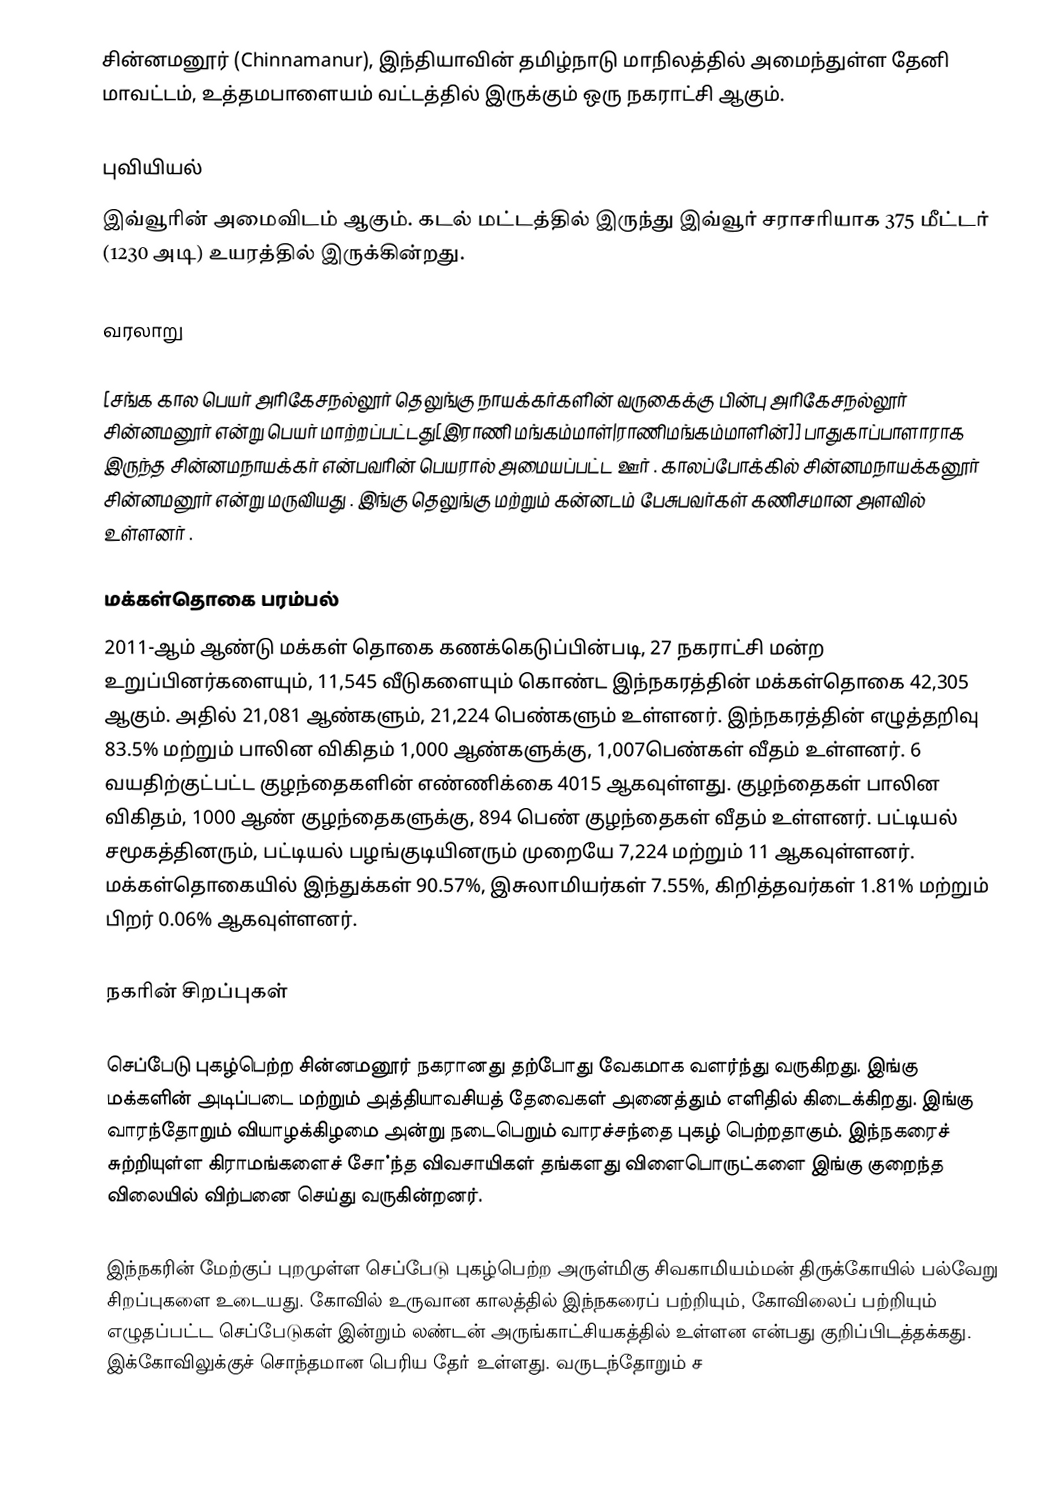
சின்னமனூர் (Chinnamanur), இந்தியாவின் தமிழ்நாடு மாநிலத்தில் அமைந்துள்ள தேனி மாவட்டம், உத்தமபாளையம் வட்டத்தில் இருக்கும் ஒரு நகராட்சி ஆகும்.

புவியியல்
இவ்வூரின் அமைவிடம்  ஆகும். கடல் மட்டத்தில் இருந்து இவ்வூர் சராசரியாக 375 மீட்டர் (1230 அடி) உயரத்தில் இருக்கின்றது.

வரலாறு

[சங்க கால பெயர் அரிகேசநல்லூர் தெலுங்கு நாயக்கர்களின் வருகைக்கு பின்பு அரிகேசநல்லூர் சின்னமனூர் என்று பெயர் மாற்றப்பட்டது[இராணி மங்கம்மாள்|ராணிமங்கம்மாளின்]] பாதுகாப்பாளாராக இருந்த சின்னமநாயக்கர் என்பவரின் பெயரால் அமையப்பட்ட ஊர் . காலப்போக்கில் சின்னமநாயக்கனூர் சின்னமனூர்  என்று மருவியது  . இங்கு தெலுங்கு மற்றும் கன்னடம் பேசுபவர்கள் கணிசமான அளவில் உள்ளனர் .

மக்கள்தொகை பரம்பல்
2011-ஆம் ஆண்டு மக்கள் தொகை கணக்கெடுப்பின்படி, 27 நகராட்சி மன்ற உறுப்பினர்களையும், 11,545  வீடுகளையும் கொண்ட இந்நகரத்தின் மக்கள்தொகை 42,305 ஆகும். அதில் 21,081 ஆண்களும், 21,224  பெண்களும் உள்ளனர். இந்நகரத்தின் எழுத்தறிவு 83.5%  மற்றும் பாலின விகிதம் 1,000 ஆண்களுக்கு, 1,007பெண்கள் வீதம் உள்ளனர். 6 வயதிற்குட்பட்ட குழந்தைகளின் எண்ணிக்கை 4015 ஆகவுள்ளது. குழந்தைகள் பாலின விகிதம்,  1000 ஆண் குழந்தைகளுக்கு, 894 பெண் குழந்தைகள் வீதம் உள்ளனர். பட்டியல் சமூகத்தினரும், பட்டியல் பழங்குடியினரும்  முறையே 7,224 மற்றும் 11  ஆகவுள்ளனர். மக்கள்தொகையில் இந்துக்கள் 90.57%,  இசுலாமியர்கள் 7.55%, கிறித்தவர்கள் 1.81%  மற்றும் பிறர் 0.06% ஆகவுள்ளனர்.

நகரின் சிறப்புகள்

செப்பேடு புகழ்பெற்ற சின்னமனூர் நகரானது தற்போது வேகமாக வளர்ந்து வருகிறது. இங்கு மக்களின் அடிப்படை மற்றும் அத்தியாவசியத் தேவைகள் அனைத்தும் எளிதில் கிடைக்கிறது.  இங்கு வாரந்தோறும் வியாழக்கிழமை அன்று நடைபெறும் வாரச்சந்தை புகழ் பெற்றதாகும். இந்நகரைச் சுற்றியுள்ள கிராமங்களைச் சோ்ந்த விவசாயிகள் தங்களது விளைபொருட்களை இங்கு குறைந்த விலையில் விற்பனை செய்து வருகின்றனர்.

 இந்நகரின் மேற்குப் புறமுள்ள செப்பேடு புகழ்பெற்ற அருள்மிகு சிவகாமியம்மன் திருக்கோயில் பல்வேறு சிறப்புகளை உடையது. கோவில் உருவான காலத்தில் இந்நகரைப் பற்றியும், கோவிலைப் பற்றியும் எழுதப்பட்ட செப்பேடுகள் இன்றும் லண்டன் அருங்காட்சியகத்தில் உள்ளன என்பது குறிப்பிடத்தக்கது.  இக்கோவிலுக்குச் சொந்தமான பெரிய தோ் உள்ளது. வருடந்தோறும் ச